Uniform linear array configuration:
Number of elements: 4
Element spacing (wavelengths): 0.75
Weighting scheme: uniform
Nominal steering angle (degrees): -30
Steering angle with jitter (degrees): -30.239
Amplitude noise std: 0.05
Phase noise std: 0.05

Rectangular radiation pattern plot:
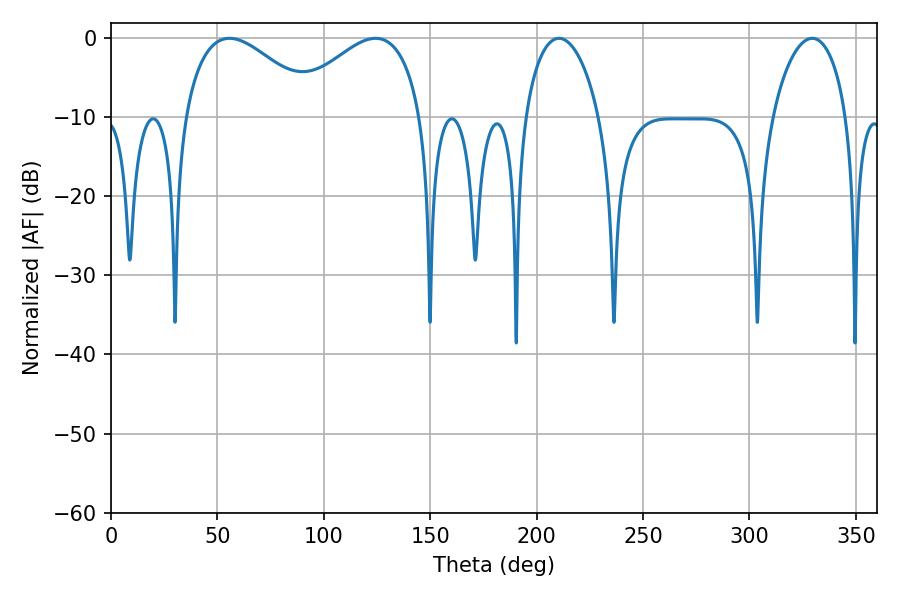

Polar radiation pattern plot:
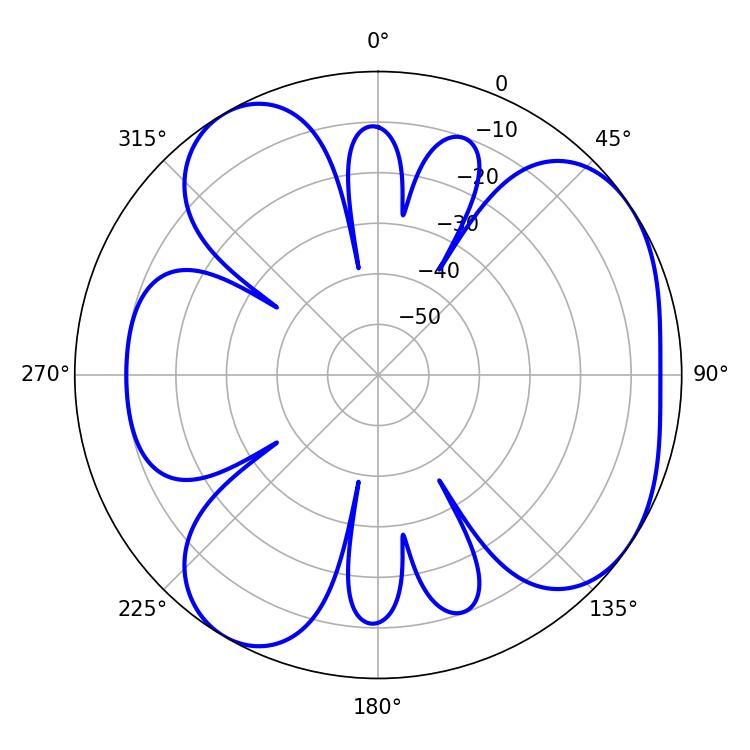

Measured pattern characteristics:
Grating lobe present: TRUE
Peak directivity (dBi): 5.14
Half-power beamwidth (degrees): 34.56
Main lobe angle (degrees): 55.62